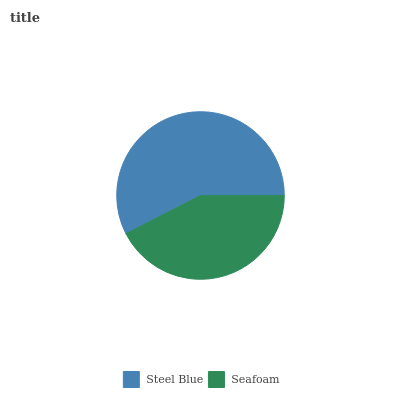
| Steel Blue | Seafoam |
 | --- | --- |
 | 57.5% | 42.5% |